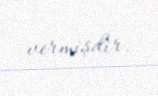
vermişdir.